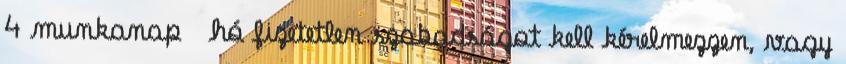
4 munkanap hó fizetetlen szabadságot kell kérelmezzen, vagy